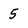
Character: 5